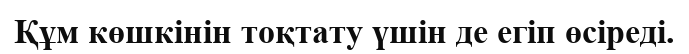
Құм көшкінін тоқтату үшін де егіп өсіреді.